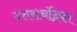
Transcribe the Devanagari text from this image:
उत्तराचंद्रिका